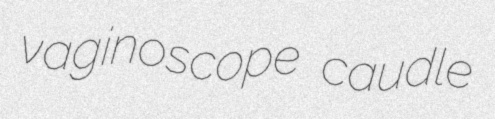
vaginoscope caudle